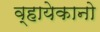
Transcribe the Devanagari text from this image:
व्हायेकानो